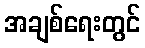
အချစ်ရေးတွင်